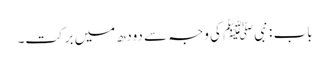
باب : نبیﷺ کی وجہ سے دودھ میں برکت۔